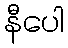
နီပေါ